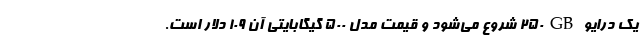
یک درایو 250GB شروع می‌شود و قیمت مدل 500 گیگابایتی آن 109 دلار است.